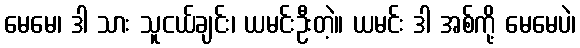
မေမေ၊ ဒါ သား သူငယ်ချင်း၊ ယမင်းဦးတဲ့။ ယမင်း ဒါ အစ်ကို့ မေမေပဲ၊